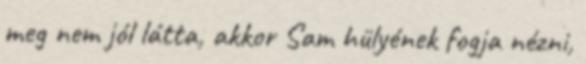
meg nem jól látta, akkor Sam hülyének fogja nézni,